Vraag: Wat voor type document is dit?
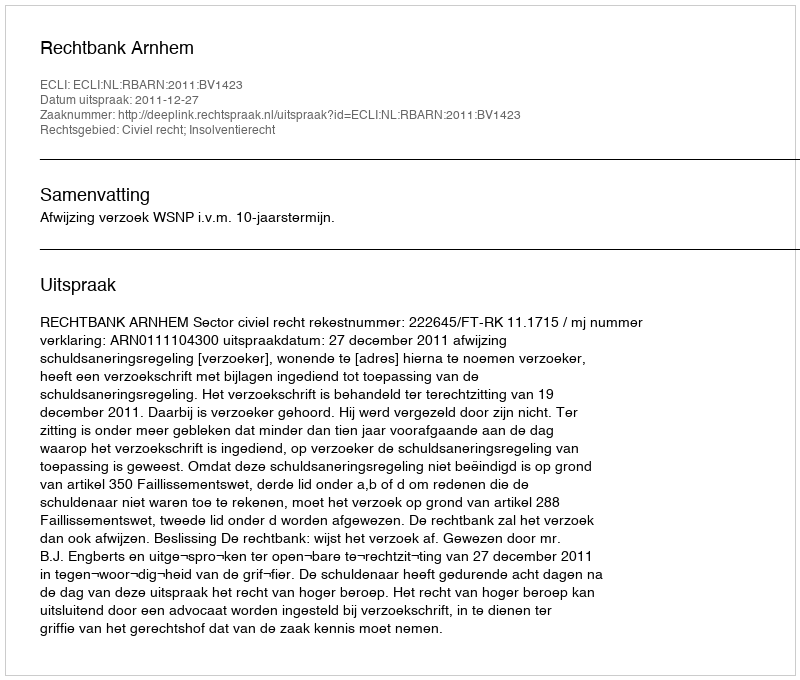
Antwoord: Uitspraak